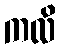
ကလိ